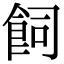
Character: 飼